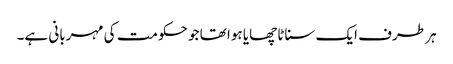
ہر طرف ایک سناٹا چھایا ہوا تھا جو حکومت کی مہربانی ہے۔